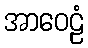
အာဝေဠံ